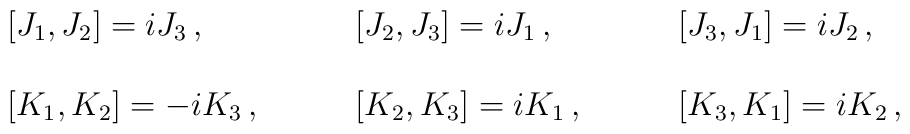
\begin{array}{lll}{}[J_{1},J_{2}]=iJ_{3}\,,~~~&~~~{}[J_{2},J_{3}]=iJ_{1}\,,~~~&~~~{}[J_{3},J_{1}]=iJ_{2}\,,\\{}&{}&{}\\ {}[K_{1},K_{2}]=-iK_{3}\,,~~~&~~~{}[K_{2},K_{3}]=iK_{1}\,,~~~&~~~{}[K_{3},K_{1}]=iK_{2}\,,\end{array}